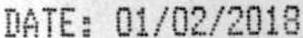
DATE: 01/02/2018